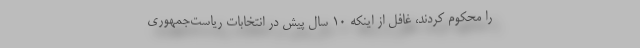
را محکوم کردند، غافل از اینکه 10 سال پیش در انتخابات ریاست‌جمهوری